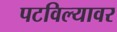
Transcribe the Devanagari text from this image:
पटविल्यावर